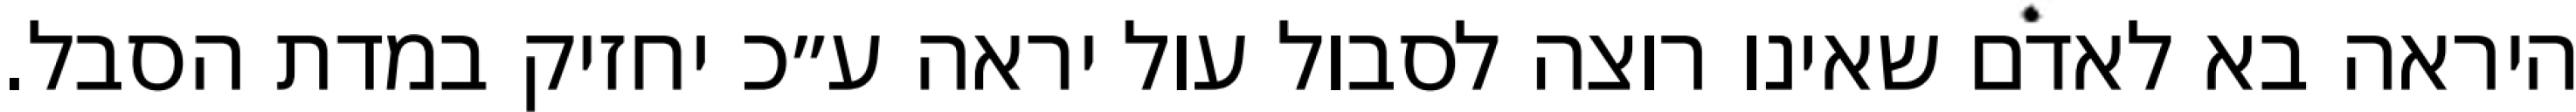
היראה בא לאדם שאינו רוצה לסבול עול יראה ע״כ יחזיק במדת הסבל.